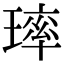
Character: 㻭